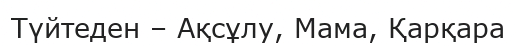
Түйтеден – Ақсұлу, Мама, Қарқара